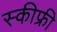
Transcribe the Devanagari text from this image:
स्कीफ्री